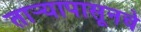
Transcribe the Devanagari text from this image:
तार्‍यापासूनचे